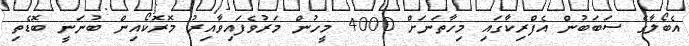
އެބޯލާގެ ސަބަބުން އެފްރިކާގައި މިހާތަނަށް 4000 މީހުން މަރުވެފައިވާއިރު މޮރޮކޯއިން ބުނަނީ ބޮޑެތި